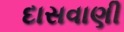
દાસવાણી